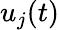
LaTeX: u_{j}(t)